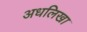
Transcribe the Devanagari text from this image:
अधलिखा